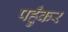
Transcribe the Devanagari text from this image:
पहुँकर